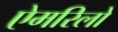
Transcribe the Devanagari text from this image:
ऐमरिलो